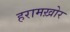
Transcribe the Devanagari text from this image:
हरामख़ोर